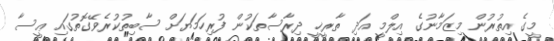
މީގެ އިތުރުން މިޒަމާނުގެ އިލްމީ އަދި ތާރީޚީ ދިރާސާތަކުން ފުރިހަމަޔަށް ސާބިތުކުރެވޭގޮތުގައި ޢީސާ